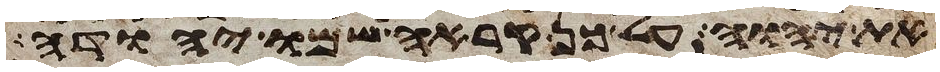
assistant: את יהוה על כן קראה שמו יהודה